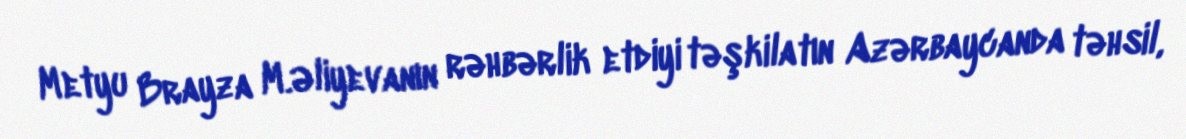
Metyu Brayza M.Əliyevanın rəhbərlik etdiyi təşkilatın Azərbaycanda təhsil,